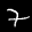
Label: 7